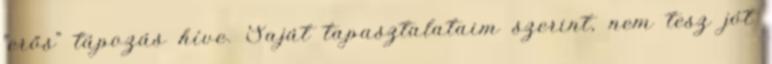
"erős" tápozás híve. Saját tapasztalataim szerint, nem tesz jót